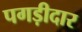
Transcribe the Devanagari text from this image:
पगड़ीदार